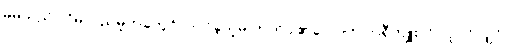
မိမိသည် လိမ်လည်မှုတခုတွင် ပါဝင်ခဲ့သူမှ ဟုတ်ပါ၏လောဟု ဘရီကျူးလို လူပင်လျှင်